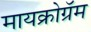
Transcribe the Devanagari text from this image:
मायक्रोग्रॅम